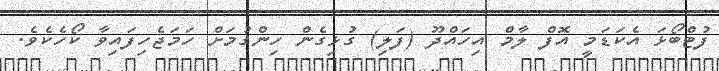
ފުޓްބޯޅަ އެކަޑަމީ އޮފް ލާމް އިހަައްދޫ (ފަލި) ގުޅިގެން ހިންގުމަށް ހަަމަޖެހިފައިވާ ކޯހެކެވެ.